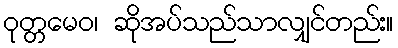
ဝုတ္တမေဝ၊ ဆိုအပ်သည်သာလျှင်တည်း။